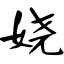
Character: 娆